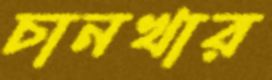
চানখার